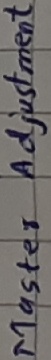
Text: Master Adjustment